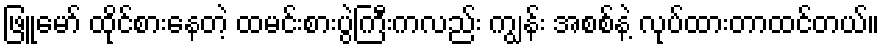
ဖြူမော် ထိုင်စားနေတဲ့ ထမင်းစားပွဲကြီးကလည်း ကျွန်း အစစ်နဲ့ လုပ်ထားတာထင်တယ်။